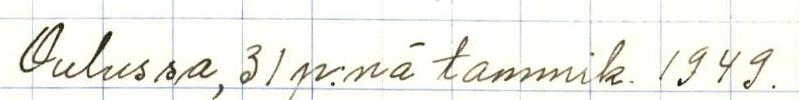
Oulussa, 31. p.nä tammik. 1949.